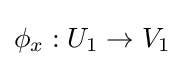
\phi _{x}:U_{1}\rightarrow V_{1}